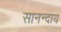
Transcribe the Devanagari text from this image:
सानन्दाय